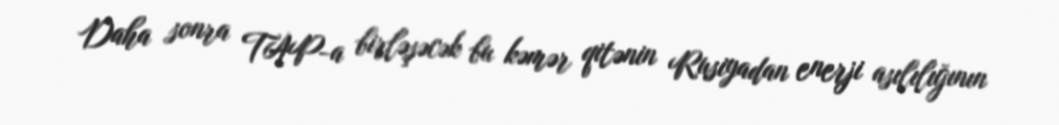
Daha sonra TAP-a birləşəcək bu kəmər qitənin Rusiyadan enerji asılılığının